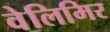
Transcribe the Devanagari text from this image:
वेलिमिर